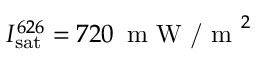
\ensuremath { I _ { \mathrm { s a t } } } ^ { 6 2 6 } = 7 2 0 \, \textrm { m W / m } ^ { 2 }